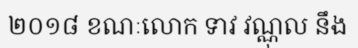
២០១៨ ខណៈលោក ទាវ វណ្ណុល នឹង